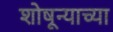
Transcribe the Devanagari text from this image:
शोषून्याच्या